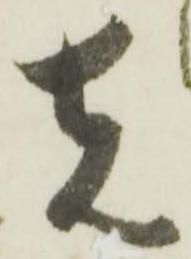
先